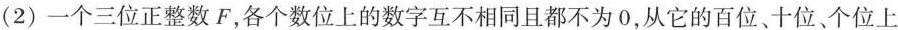
(2) 一个三位正整数 F，各个数位上的数字互不相同且都不为 0，从它的百位、十位、个位上